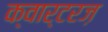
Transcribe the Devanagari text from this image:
क्वार्टरज़